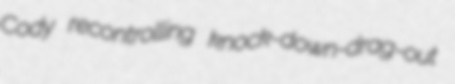
Cody recontrolling knock-down-drag-out